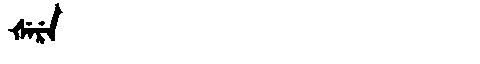
Manchu: ᡧᡝᡵᡝ
Romanization: ŠERE